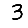
Digit: 3